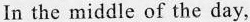
In the middle of the day,